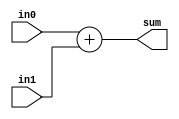
`timescale 1ns / 1ps
//////////////////////////////////////////////////////////////////////////////////
// Company: 
// Engineer: 
// 
// Design Name: 
// Module Name: sumator
// Project Name: 
// Target Devices: 
// Tool Versions: 
// Description: 
// 
// Dependencies: 
// 
// Revision:
// Revision 0.01 - File Created
// Additional Comments:
// 
//////////////////////////////////////////////////////////////////////////////////


module sumator(output[7:0] sum,
               input[7:0] in0,in1);
               
       assign sum=in0+in1;         
endmodule